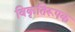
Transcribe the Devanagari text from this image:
विकृतिरूपक